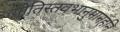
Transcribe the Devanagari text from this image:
ज्योतिस्तवभानुमानहनि